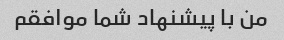
من با پیشنهاد شما موافقم